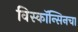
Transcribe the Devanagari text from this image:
विस्कॉन्सिनचा